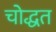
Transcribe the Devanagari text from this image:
चोद्धत